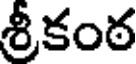
శ్రీకంఠ